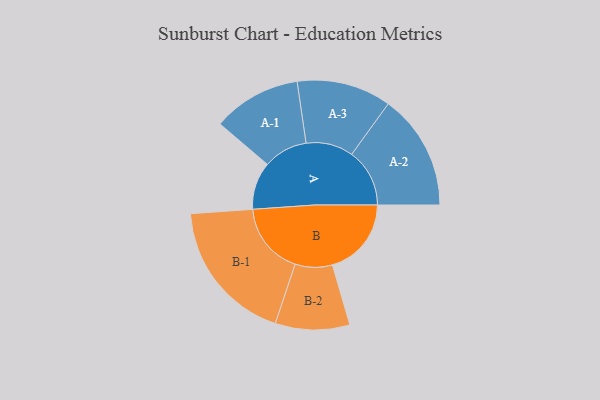
{"axis": {"x": "Segment", "y": "Value"}, "legend": ["", "A", "B"], "data": [{"x": "A", "y": 156, "type": ""}, {"x": "B", "y": 259, "type": ""}, {"x": "A-1", "y": 145, "type": "A"}, {"x": "A-2", "y": 190, "type": "A"}, {"x": "A-3", "y": 155, "type": "A"}, {"x": "B-1", "y": 237, "type": "B"}, {"x": "B-2", "y": 122, "type": "B"}]}